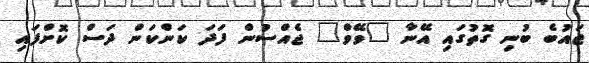
ޖައުބެ ބުނި ގޮތުގައި އޭނާ "ވޭވް" ޖެއްސުން ފަދަ ކަންކަން ދަސް ކޮށްފައި